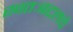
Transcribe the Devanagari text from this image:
स्वतःबद्दलचे